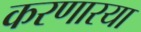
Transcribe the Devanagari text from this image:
करणारया